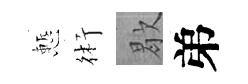
慙術歇弟